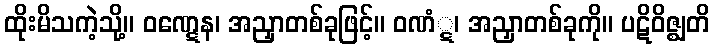
ထိုးမိသကဲ့သို့။ ဝဏ္ဋေန၊ အညှာတစ်ခုဖြင့်။ ဝဏံ္ဋ၊ အညှာတစ်ခုကို။ ပဋိဝိဇ္ဈတိ